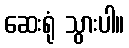
ဆေးရုံ သွားပါ။